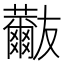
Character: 𧄬